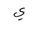
Letter: _ya